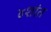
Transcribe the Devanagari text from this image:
४शांत